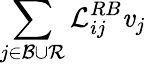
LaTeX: \sum_{j\in{\cal{B}}\cup{\cal{R}}}{\cal{L}}_{ij}^{RB}\mathit{v}_{j}